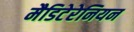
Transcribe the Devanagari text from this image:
मैडिटेरेनियन